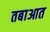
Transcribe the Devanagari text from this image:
तबाआत